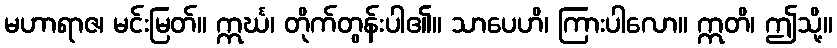
မဟာရာဇ၊ မင်းမြတ်။ ဣင်္ဃ၊ တိုက်တွန်းပါ၏။ သာပေဟိ၊ ကြားပါလော။ ဣတိ၊ ဤသို့။